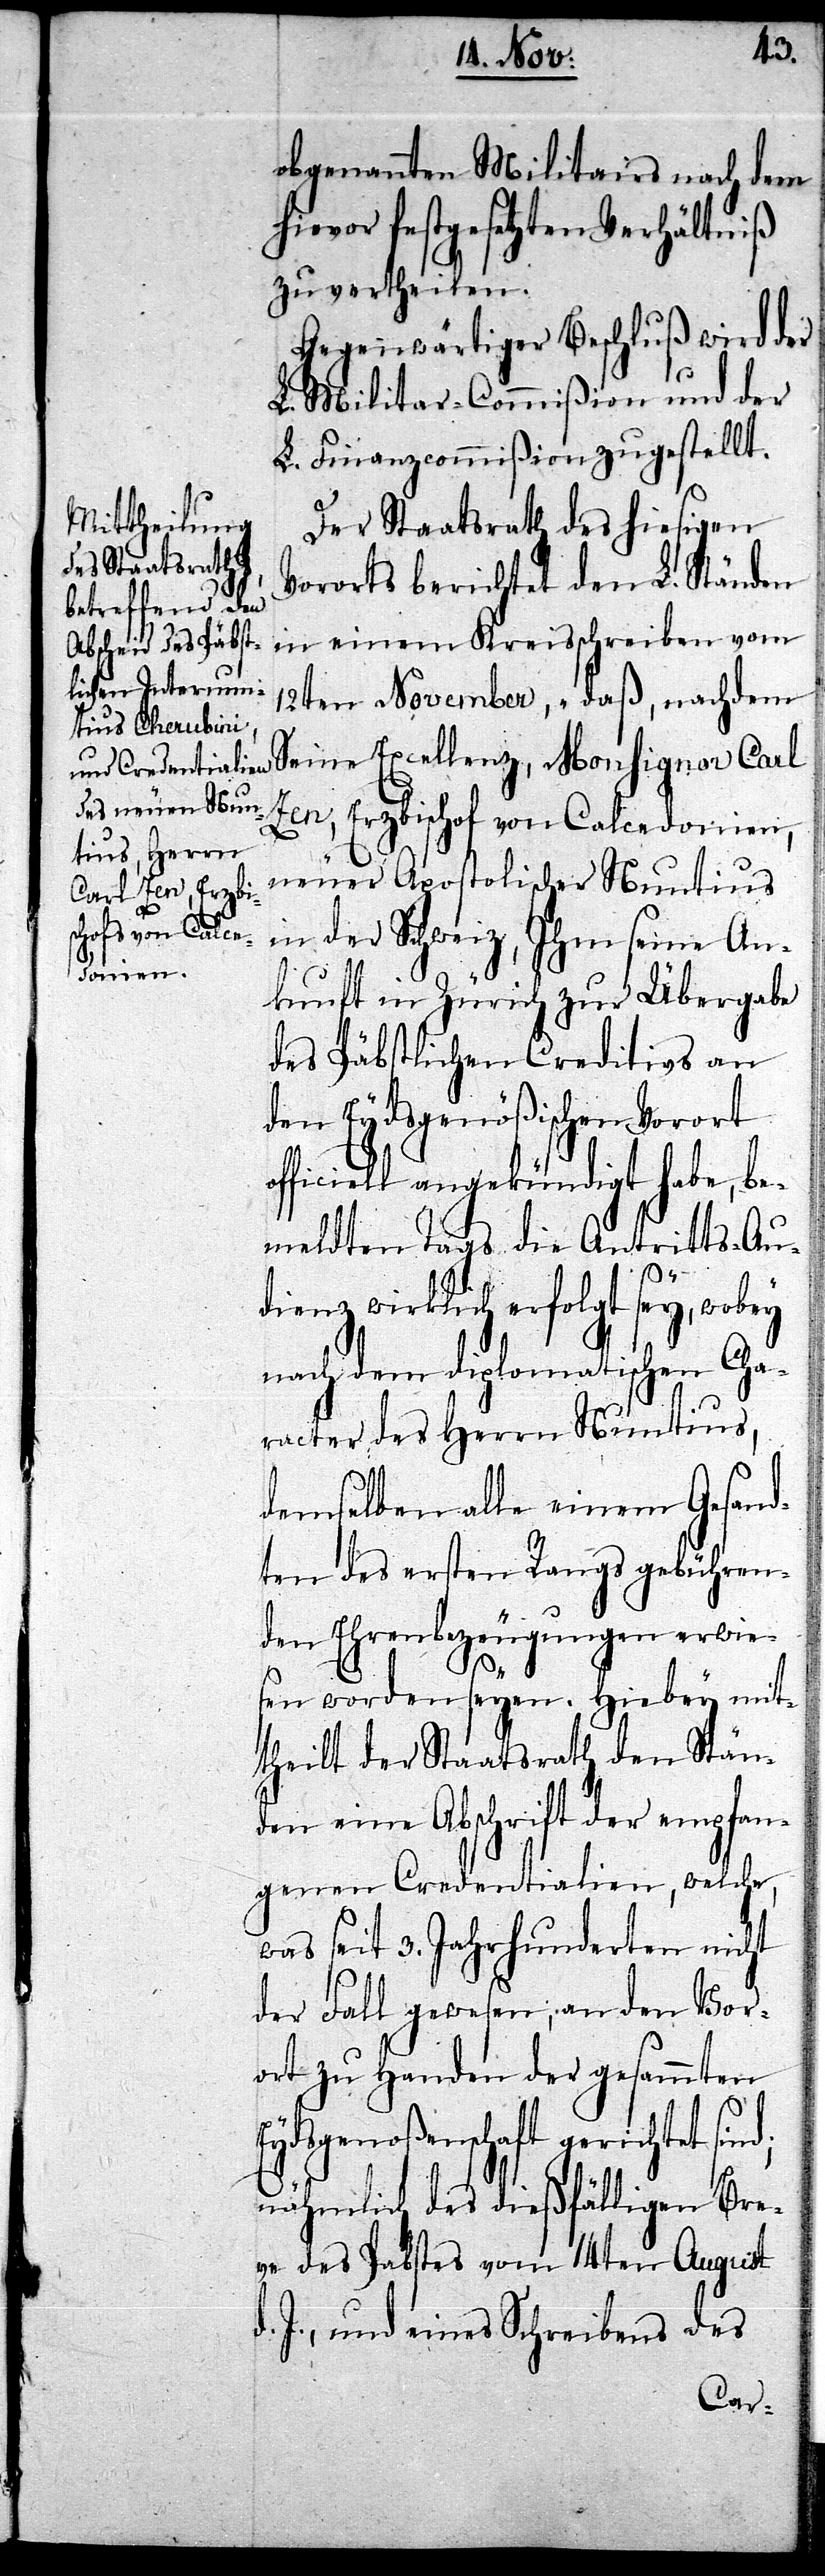
obgenannten Militairs nach dem
hievor festgesetzten Verhältniß
zu vertheilen.
Gegenwärtiger Beschluß wird der
L. Militar-Commißion und der
L. Finanzcommißion zugestellt.
Der Staatsrath des hiesigen
Vororts berichtet den L. Ständen
in einem Kreisschreiben vom
12ten November, „daß, nachdem
Zen, Erzbischof von Calcedonien,
neuer Apostolischer Nuntius
in der Schweiz, Ihm seine An¬
kunft in Zürich zur Übergabe
des Päbstlichen Creditivs an
den Eydsgenößischen Vorort
officiell angekündigt habe, be¬
meldten Tags die Antritts-Au¬
dienz wirklich erfolgt sey, wobey
nach dem diplomatischen Cha¬
racter des Herrn Nuntius,
demselben alle einem Gesand¬
ten des ersten Rangs gebühren¬
den Ehrenbezeugungen erwie¬
sen worden seyen. Hiebey mit¬
theilt der Staatsrath den Stän¬
den eine Abschrift der empfan¬
genen Credentialien, welche,
was seit 3. Jahrhunderten nicht
der Fall gewesen, an den Vor¬
ort zu Handen der gesammten
Eydsgenoßenschaft gerichtet sind;
nähmlich des dießfälligen Bre¬
ve des Pabstes vom 14ten August
d. J., und eines Schreibens des
Carl